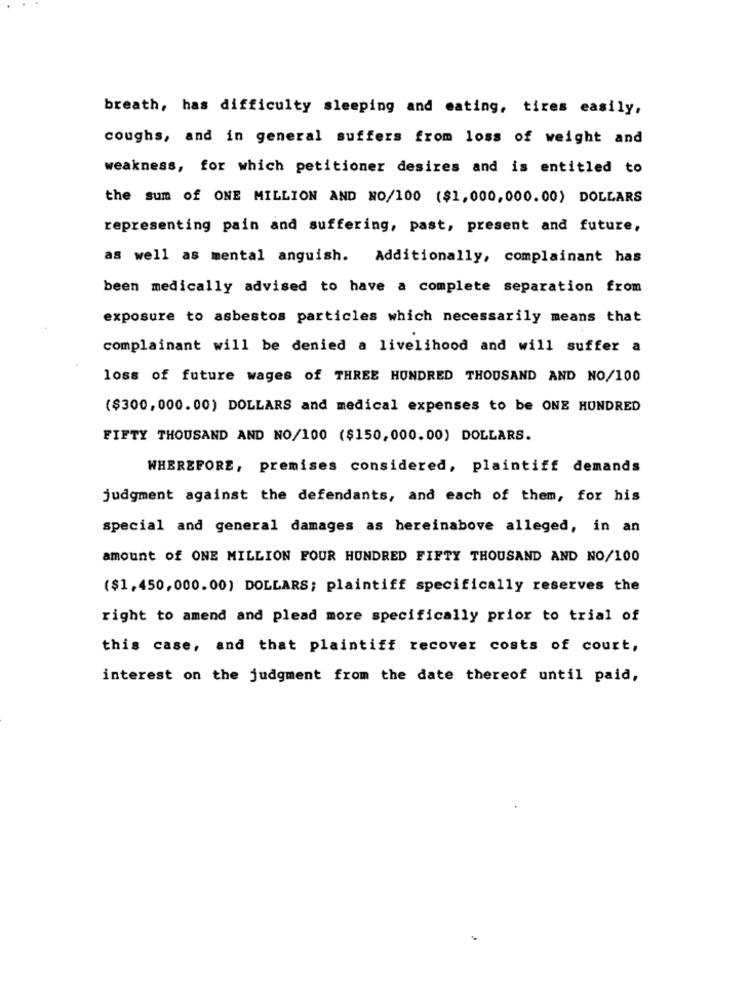
breath, has difficulty sleeping and eating, tires easily,
coughs, and in general suffers from loss of weight and
weakness, for which petitioner desires and is entitled to
the sum of ONE MILLION AND NO/100 ($1,000,000.00) DOLLARS
representing pain and suffering, past, present and future,
as well as mental anguish. Additionally, complainant has
been medically advised to have a complete separation from
exposure to asbestos particles which necessarily means that
complainant will be denied a livelihood and will suffer a
loss of future wages of THREE HUNDRED THOUSAND AND NO/100
($300,000.00) DOLLARS and medical expenses to be ONE HUNDRED
FIFTY THOUSAND AND NO/100 ($150,000.00) DOLLARS.
WHEREFORE, premises considered, plaintiff demands
judgment against the defendants, and each of them, for his
special and general damages as hereinabove alleged, in an
amount of ONE MILLION FOUR HUNDRED FIFTY THOUSAND AND NO/100
($1,450,000.00) DOLLARS; plaintiff specifically reserves the
right to amend and plead more specifically prior to trial of
this case, and that plaintiff recover costs of court,
interest on the judgment from the date thereof until paid,